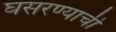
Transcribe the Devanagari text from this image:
घसरण्याची